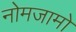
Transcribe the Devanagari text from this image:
नोमजामो